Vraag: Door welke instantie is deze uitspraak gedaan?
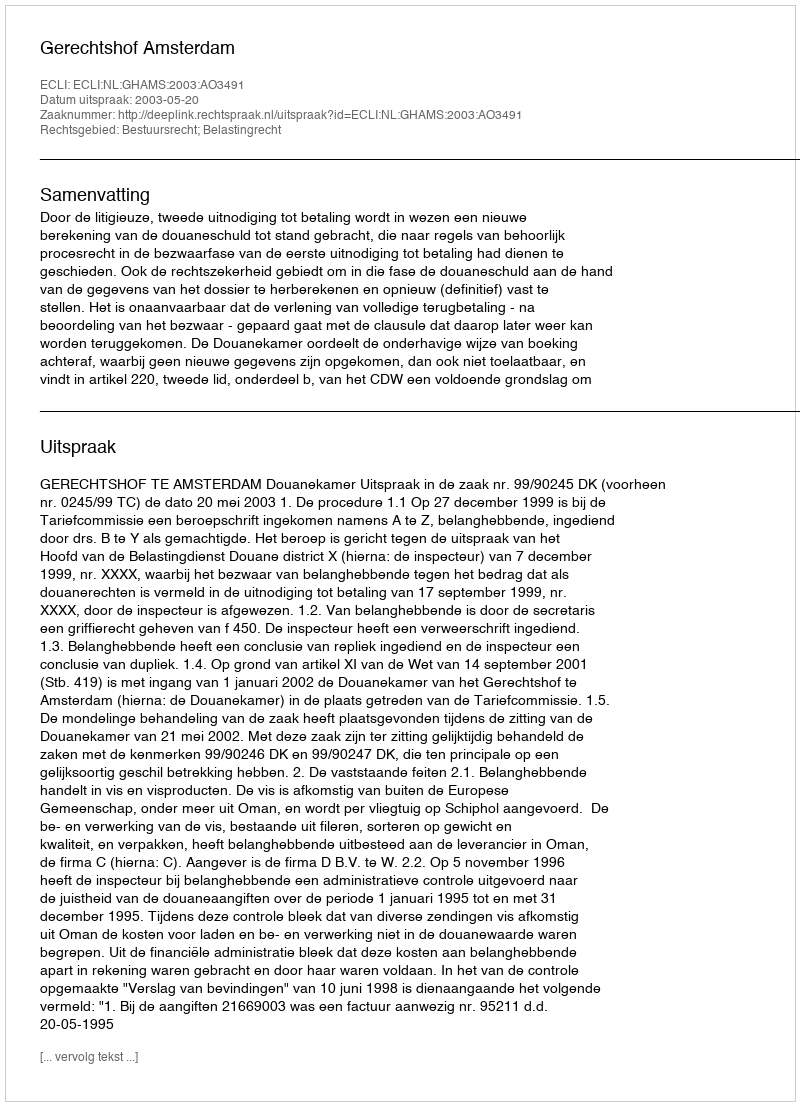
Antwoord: Gerechtshof Amsterdam